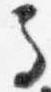
馬